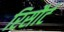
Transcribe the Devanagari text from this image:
रिसौर्ट